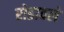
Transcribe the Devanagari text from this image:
रोडावले